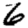
Digit: 6